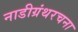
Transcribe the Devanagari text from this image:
नाडीग्रंथरचना